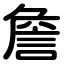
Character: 詹